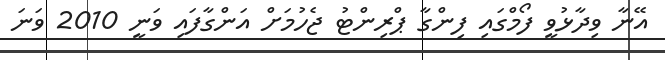
އޭނާ ވިދާޅުވީ ފޯމްގައި ފިންގާ ޕްރިންޓު ޖެހުމަށް އަންގާފައި ވަނީ 2010 ވަނަ